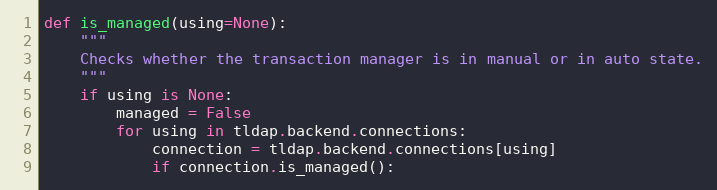
Language: Python
def is_managed(using=None):
    """
    Checks whether the transaction manager is in manual or in auto state.
    """
    if using is None:
        managed = False
        for using in tldap.backend.connections:
            connection = tldap.backend.connections[using]
            if connection.is_managed():